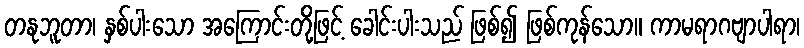
တနုဘူတာ၊ နှစ်ပါးသော အကြောင်းတို့ဖြင့် ခေါင်းပါးသည် ဖြစ်၍ ဖြစ်ကုန်သော။ ကာမရာဂဗျာပါရာ၊